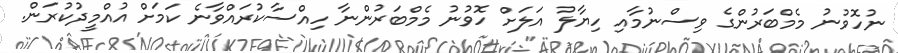
ނުހޮވުނު މެމްބަރުންގެ ވިސްނުމާއި ހިޔާލު އަލަށް ހޮވުނު މެމްބަރުންނާ ހިއްސާކުރައްވާނެ ކަމަށް އުއްމީދުކުރަން.